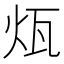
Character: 𤬬